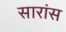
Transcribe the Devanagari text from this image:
सारांस